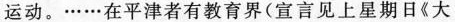
运动。……在平津者有教育界(宣言见上星期日《大